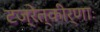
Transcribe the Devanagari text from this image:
टज्रेत्कीर्णाः